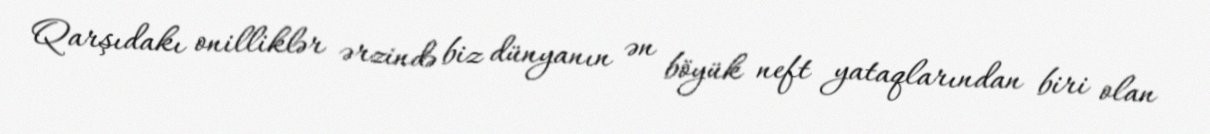
Qarşıdakı onilliklər ərzində biz dünyanın ən böyük neft yataqlarından biri olan